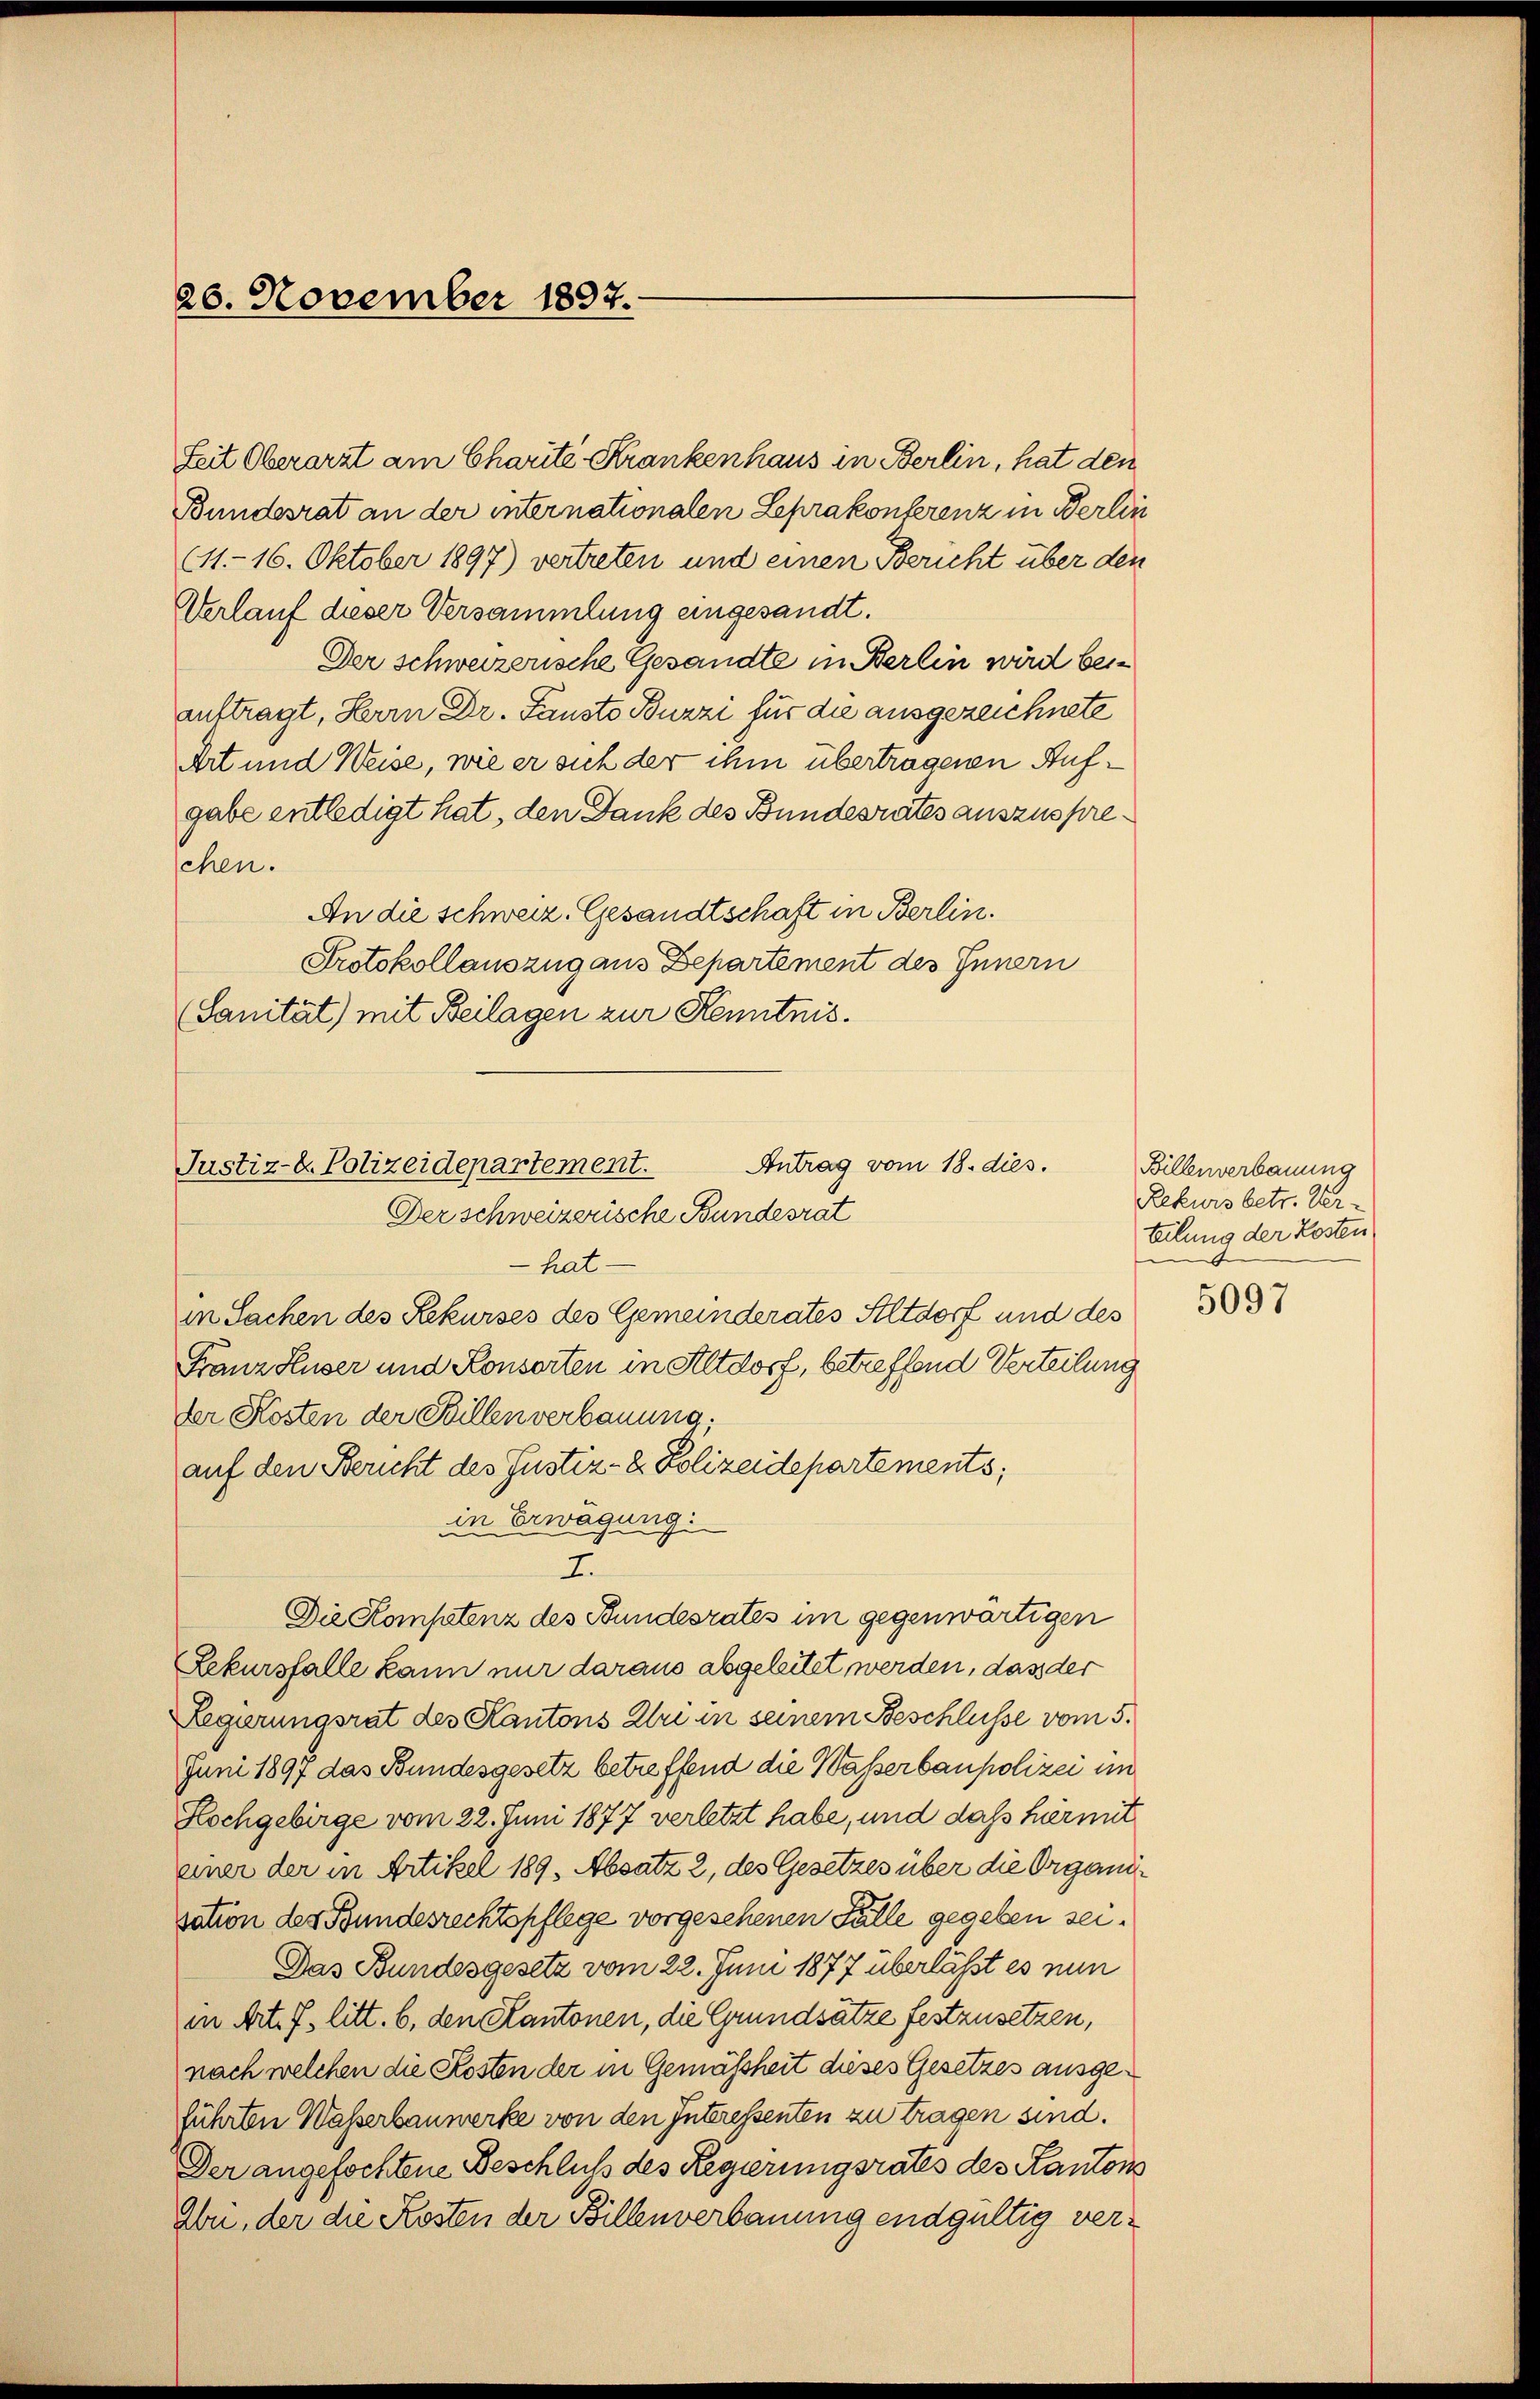
20. November 1897.

(11. 16. Oktober 1897) vertreten und einen Bericht über den
Verlauf dieser Versammlung eingesandt.
Der schweizerische Gesandte in Berlin wird bei
auftragt, Herrn Dr. Fausto Buzzi für die ausgezeichnete
Art und Weise, wie er sich der ihm übertragenen Aufgabe entledigt hat, den Dank des Bundesrates auszusprechen.
An die schweiz. Gesandtschaft in Berlin.
Protokollauszug aus Departement des Innern
Sanität) mit Beilagen zur Kenntnis.

Antrag vom 18. dies.
Justiz-C. Polizeidepartement.
Der schweizerische Bundesrat
hat-

Zeit Oberarzt am Charité Krankenhaus in Berlin, hat den
Bundesrat an der internationalen Leprakonferenz in Berlin

in Sachen des Rekurses des Gemeinderates Altdorf und des
Franz Huser und Konsorten in Altdorf, betreffend Verteilung
der Kosten der Stillen verbauung,
auf den Bericht des Justiz- & Polizeidepartements;
in Erwägung:
2.
Die Kompetenz des Bundesrates im gegenwärtigen
Lekursfalle kann nur daraus abgeleitet werden, dass der
Regierungsrat des Kantons Uri in seinem Beschlüsse vom 5.
Juni 1897 das Bundesgesetz betreffend die Wasserbaupolizei im
Hochgebirge vom 22. Juni 1877 verletzt habe, und dass hiermit
einer der in Artikel 189, Absatz 2, des Gesetzes über die Organisation des Bundesrechtspflege vorgesehenen Fälle gegeben sei.
Das Bundesgesetz vom 22. Juni 1877 überlässt es nun
in Art. 7. litt. b, den Kantonen, die Grundsätze festzusetzen,
nach welchen die Kosten der in Gemäßheit dieses Gesetzes ausgeführten Wasserbauwerke von den Interessenten zu tragen sind.
Der angefochtene Beschluß des Regierungsrates des Kantons
Abe, der die Kosten der Billenverbauung endgültig ver¬

Billenverbauung
Rekurs betr. Ver-
teilung der Kosten
—

5097